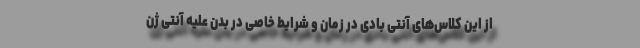
از این کلاس‌های آنتی بادی در زمان و شرایط خاصی در بدن علیه آنتی ژن